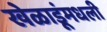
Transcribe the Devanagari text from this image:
खेळाडूंमधली